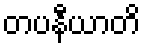
တပနီယာတိ